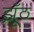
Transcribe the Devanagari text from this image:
झूँठ